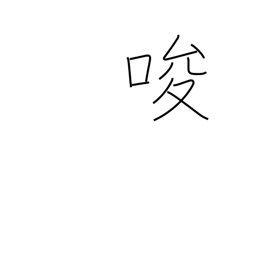
Meaning: tempt